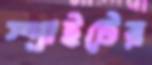
স্প্রাইটের